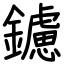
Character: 鑢